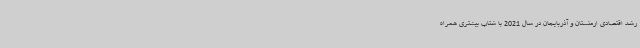
رشد اقتصادی ارمنستان و آذربایجان در سال 2021 با شتاب بیشتری همراه